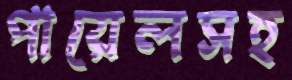
পায়েলসহ